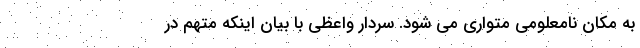
به مکان نامعلومی متواری می شود. سردار واعظی با بیان اینکه متهم در